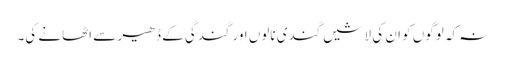
نہ کہ لوگوں کو ان کی لاشیں گندی نالوں اور گندگی کے ڈھیر سے اٹھانے کی۔